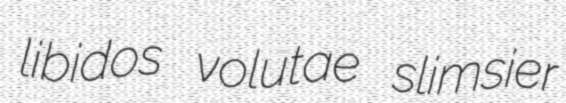
libidos volutae slimsier